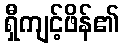
ရှီကျင့်ဖိန်၏